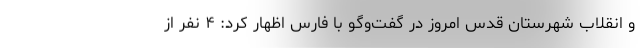
و انقلاب شهرستان قدس امروز در گفت‌وگو با فارس اظهار کرد: ۴ نفر از